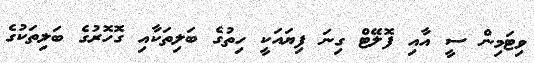
ވިޓަމިން ސީ އާއި ފޮލޭޓް ގިނަ ފިޔައަކީ ހިތުގެ ބަލިތަކާއި ގޮހޮރުގެ ބަލިތަކުގެ